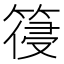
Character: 䈜